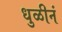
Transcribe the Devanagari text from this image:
धुळीनं